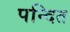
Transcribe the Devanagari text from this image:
पन्दित